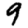
Digit: 9